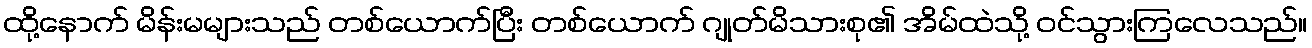
ထို့နောက် မိန်းမများသည် တစ်ယောက်ပြီး တစ်ယောက် ဂျုတ်မိသားစု၏ အိမ်ထဲသို့ ဝင်သွားကြလေသည်။